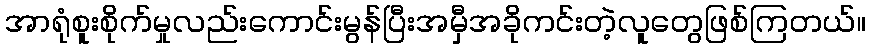
အာရုံစူးစိုက်မှုလည်းကောင်းမွန်ပြီးအမှီအခိုကင်းတဲ့လူတွေဖြစ်ကြတယ်။